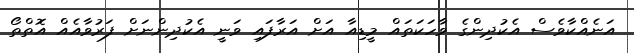
އަނެއްކާވެސް އެކުދިންގެ ވާހަކަތައް މީޑިއާ އަށް އަރާފައި ވަނީ އެކުދިންނަށް ފަރުވާއެއް އޮތްތޯ